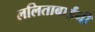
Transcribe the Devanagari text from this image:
ललिताबाईंनी